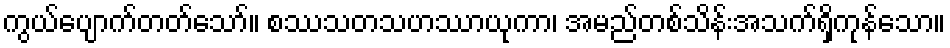
ကွယ်ပျောက်တတ်သော်။ စဿသတသဟဿာယုကာ၊ အမည်တစ်သိန်းအသက်ရှိကုန်သော။